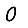
Digit: 0